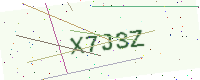
Text: X7J3Z